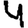
Digit: 4